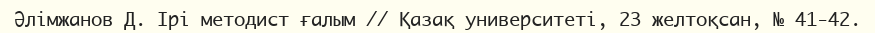
Әлімжанов Д. Ірі методист ғалым // Қазақ университеті, 23 желтоқсан, № 41-42.